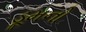
ડૂમનો